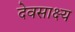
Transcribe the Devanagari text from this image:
देवसाक्ष्य